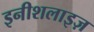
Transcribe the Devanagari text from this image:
इनीशलाइज़